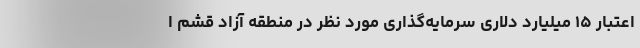
اعتبار ۱۵ میلیارد دلاری سرمایه‌گذاری مورد نظر در منطقه آزاد قشم ا